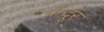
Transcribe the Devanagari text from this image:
चँन्दूर